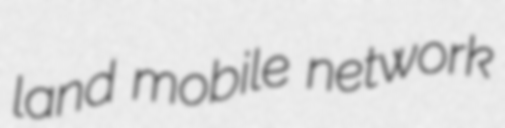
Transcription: land mobile network